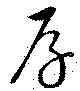
厚